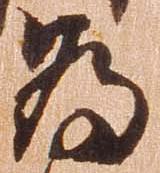
為